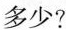
多少?